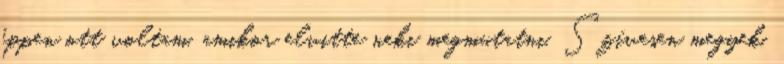
éppen ott voltam, amikor elvitte neki megmutatni. Szívesen megyek,